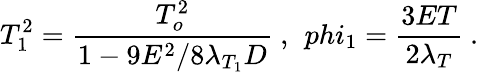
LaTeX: T_{1}^{2}={\frac{T_{o}^{2}}{1-9E^{2}/8\lambda_{T_{1}}D}}\ ,\ \, phi_{1}={\frac{3ET}{2\lambda_{T}}}\ .